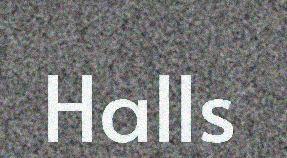
Halls